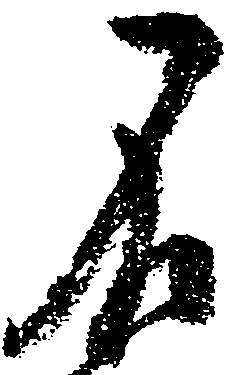
不